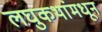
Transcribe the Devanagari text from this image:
लघुकथांमधून